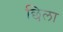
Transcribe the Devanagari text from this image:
छिला